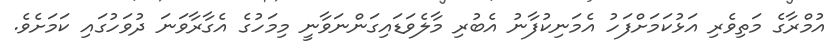
އުމްރާގެ މަތިވެރި އަޅުކަމަށްފަހު އެމަނިކުފާނު އެބުރި މާލެވަޑައިގަންނަވާނީ މިމަހުގެ އެގާރާވަނަ ދުވަހުގައި ކަމަށެވެ.